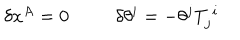
LaTeX: \begin{array} { c c } { { \delta x ^ { A } = 0 } } & { { \delta \theta ^ { i } = - \theta ^ { j } T _ { j } ^ { ~ i } } } \\ \end{array}